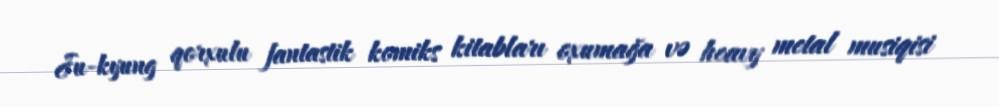
Ju-kyung qorxulu fantastik komiks kitabları oxumağa və heavy metal musiqisi